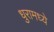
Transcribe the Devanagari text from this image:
धुरामध्ये